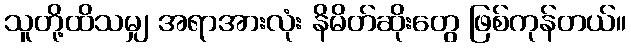
သူတို့ထိသမျှ အရာအားလုံး နိမိတ်ဆိုးတွေ ဖြစ်ကုန်တယ်။